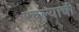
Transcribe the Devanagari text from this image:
रचल्याची